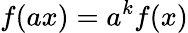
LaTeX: f(ax)=a^{k}f(x)